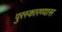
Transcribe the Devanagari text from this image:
पुरस्कारण्यास